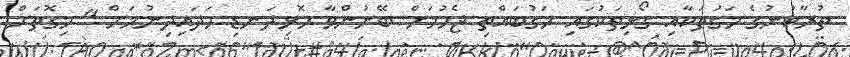
ތުރާކުނުގެ މަގުތަކާއި ގޯޅިތަކުގައި މަގުބައްތި ޖެހުމަށް ބޭނުންވާ ހޮޅިދަނޑި ހަދައިދިނުމަށް " މިގޮތަށް